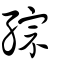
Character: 孮